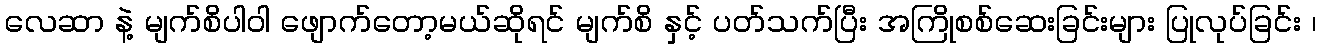
လေဆာ နဲ့ မျက်စိပါဝါ ဖျောက်တော့မယ်ဆိုရင် မျက်စိ နှင့် ပတ်သက်ပြီး အကြိုစစ်ဆေးခြင်းများ ပြုလုပ်ခြင်း ၊